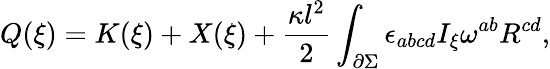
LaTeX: Q(\xi)=K(\xi)+X(\xi)+\frac{\kappa l^{2}}{2}\int_{\partial\Sigma}\epsilon_{abcd}I_{\xi}\omega^{ab}R^{cd},